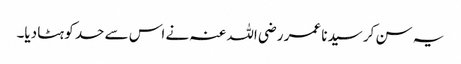
یہ سن کر سیدنا عمر ‌رضی ‌اللہ ‌عنہ نے اس سے حد کو ہٹا دیا۔